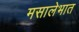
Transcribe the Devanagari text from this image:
मसालेभात